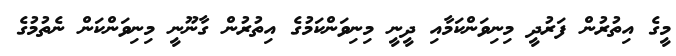
މީގެ އިތުރުން ފަރުދީ މިނިވަންކަމާއި ދީނީ މިނިވަންކަމުގެ އިތުރުން ގާނޫނީ މިނިވަންކަން ނެތުމުގެ